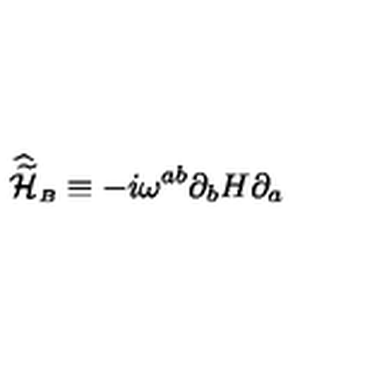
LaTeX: { \widehat { \widetilde { \cal H } } } _ { \scriptscriptstyle B } \equiv - i \omega ^ { a b } \partial _ { b } H \partial _ { a }